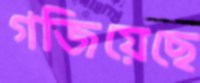
গজিয়েছে